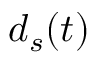
d _ { s } ( t )